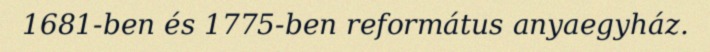
1681-ben és 1775-ben református anyaegyház.